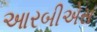
આરબીએસ